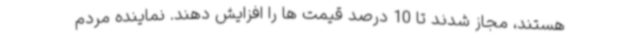
هستند، مجاز شدند تا 10 درصد قیمت ها را افزایش دهند. نماینده مردم